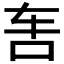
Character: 𰹲